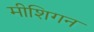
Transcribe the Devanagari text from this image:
मीशिगन